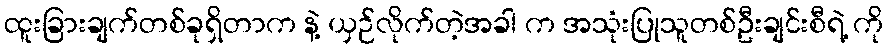
ထူးခြားချက်တစ်ခုရှိတာက နဲ့ ယှဉ်လိုက်တဲ့အခါ က အသုံးပြုသူတစ်ဦးချင်းစီရဲ့ ကို